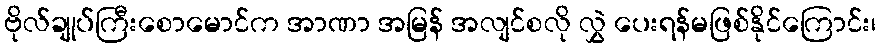
ဗိုလ်ချုပ်ကြီးစောမောင်က အာဏာ အမြန် အလျင်စလို လွှဲ ပေးရန်မဖြစ်နိုင်ကြောင်း၊